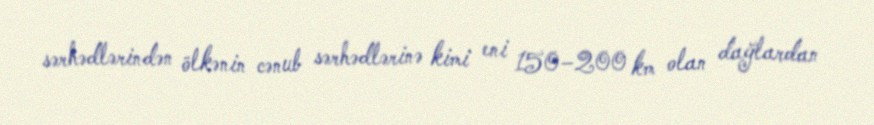
sərhədlərindən ölkənin cənub sərhədlərinə kimi eni 150–200 km olan dağlardan